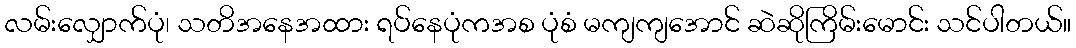
လမ်းလျှောက်ပုံ၊ သတိအနေအထား ရပ်နေပုံကအစ ပုံစံ မကျကျအောင် ဆဲဆိုကြိမ်းမောင်း သင်ပါတယ်။